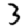
Digit: 3